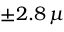
\pm 2 . 8 \, \mu